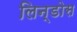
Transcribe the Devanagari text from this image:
लिन्डोस